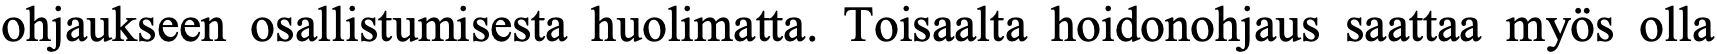
ohjaukseen osallistumisesta huolimatta. Toisaalta hoidonohjaus saattaa myös olla